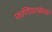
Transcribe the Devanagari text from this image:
फणिवरबंधक